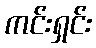
ကင်းရှင်း